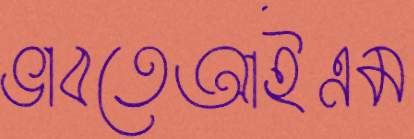
ভাবতেআইএম